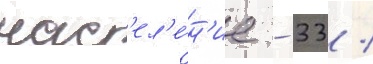
нас'ел'е́н'ие - 33 /